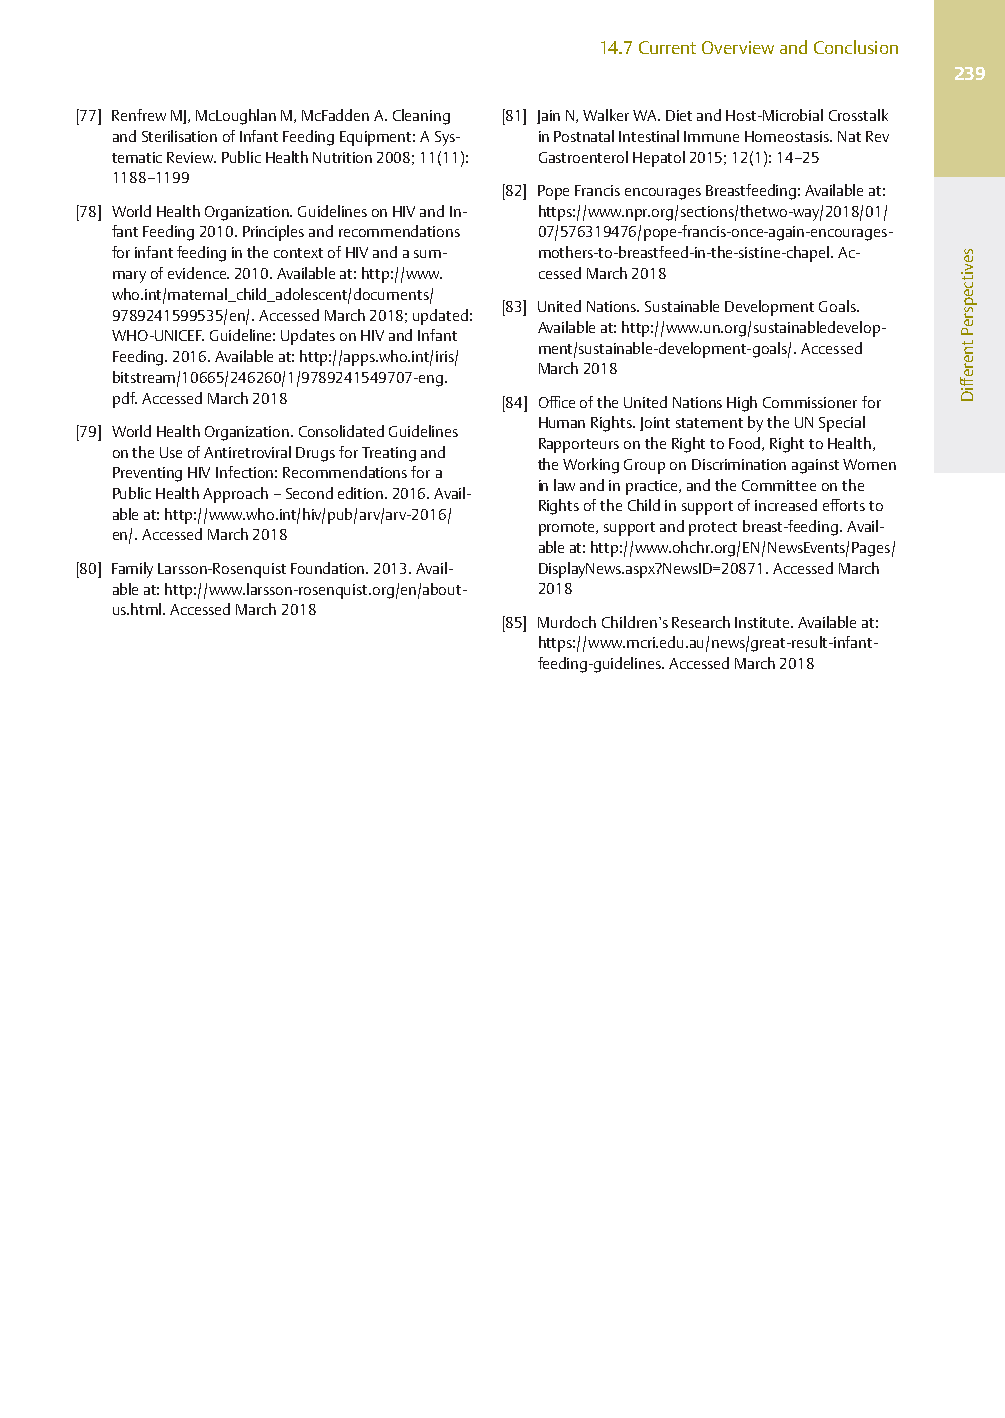
14.7CurrentOverviewandConclusion
 239
 [77] RenfrewMJ,McLoughlanM,McFaddenA.Cleaning [81] JainN,WalkerWA.DietandHost-MicrobialCrosstalk
 andSterilisationofInfantFeedingEquipment:ASys- inPostnatalIntestinalImmuneHomeostasis.NatRev
 tematicReview.PublicHealthNutrition2008;11(11): GastroenterolHepatol2015;12(1):14–25
 1188–1199
 [82] PopeFrancisencouragesBreastfeeding:Availableat:
 [78] WorldHealthOrganization.GuidelinesonHIVandIn- https://www.npr.org/sections/thetwo-way/2018/01/
 fantFeeding2010.Principlesandrecommendations 07/576319476/pope-francis-once-again-encourages-
 forinfantfeedinginthecontextofHIVandasum- mothers-to-breastfeed-in-the-sistine-chapel.Ac-
 maryofevidence.2010.Availableat:http://www. cessedMarch2018
 who.int/maternal_child_adolescent/documents/
 [83] UnitedNations.SustainableDevelopmentGoals.
 9789241599535/en/.AccessedMarch2018;updated:
 Availableat:http://www.un.org/sustainabledevelop-
 WHO-UNICEF.Guideline:UpdatesonHIVandInfant
 ment/sustainable-development-goals/.Accessed
 Feeding.2016.Availableat:http://apps.who.int/iris/
 March2018
 bitstream/10665/246260/1/9789241549707-eng.
 pdf.AccessedMarch2018     [84] OfficeoftheUnitedNationsHighCommissionerfor
 HumanRights.JointstatementbytheUNSpecial
 [79] WorldHealthOrganization.ConsolidatedGuidelines
 RapporteursontheRighttoFood,RighttoHealth,
 ontheUseofAntiretroviralDrugsforTreatingand
 theWorkingGrouponDiscriminationagainstWomen
 PreventingHIVInfection:Recommendationsfora
 PublicHealthApproach–Secondedition.2016.Avail- inlawandinpractice,andtheCommitteeonthe
 RightsoftheChildinsupportofincreasedeffortsto
 ableat:http://www.who.int/hiv/pub/arv/arv-2016/
 promote,supportandprotectbreast-feeding.Avail-
 en/.AccessedMarch2018
 ableat:http://www.ohchr.org/EN/NewsEvents/Pages/
 [80] FamilyLarsson-RosenquistFoundation.2013.Avail- DisplayNews.aspx?NewsID=20871.AccessedMarch
 ableat:http://www.larsson-rosenquist.org/en/about- 2018
 us.html.AccessedMarch2018
 [85] MurdochChildren’sResearchInstitute.Availableat:
 https://www.mcri.edu.au/news/great-result-infant-
 feeding-guidelines.AccessedMarch2018
 sevitcepsrePtnereffiD